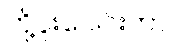
တို့ပူးပေါင်းကာ